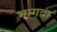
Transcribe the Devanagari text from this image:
भागदा